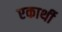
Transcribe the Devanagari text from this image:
एकार्थी